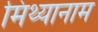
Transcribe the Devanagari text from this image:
मिथ्यानाम